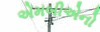
એમબીએનો